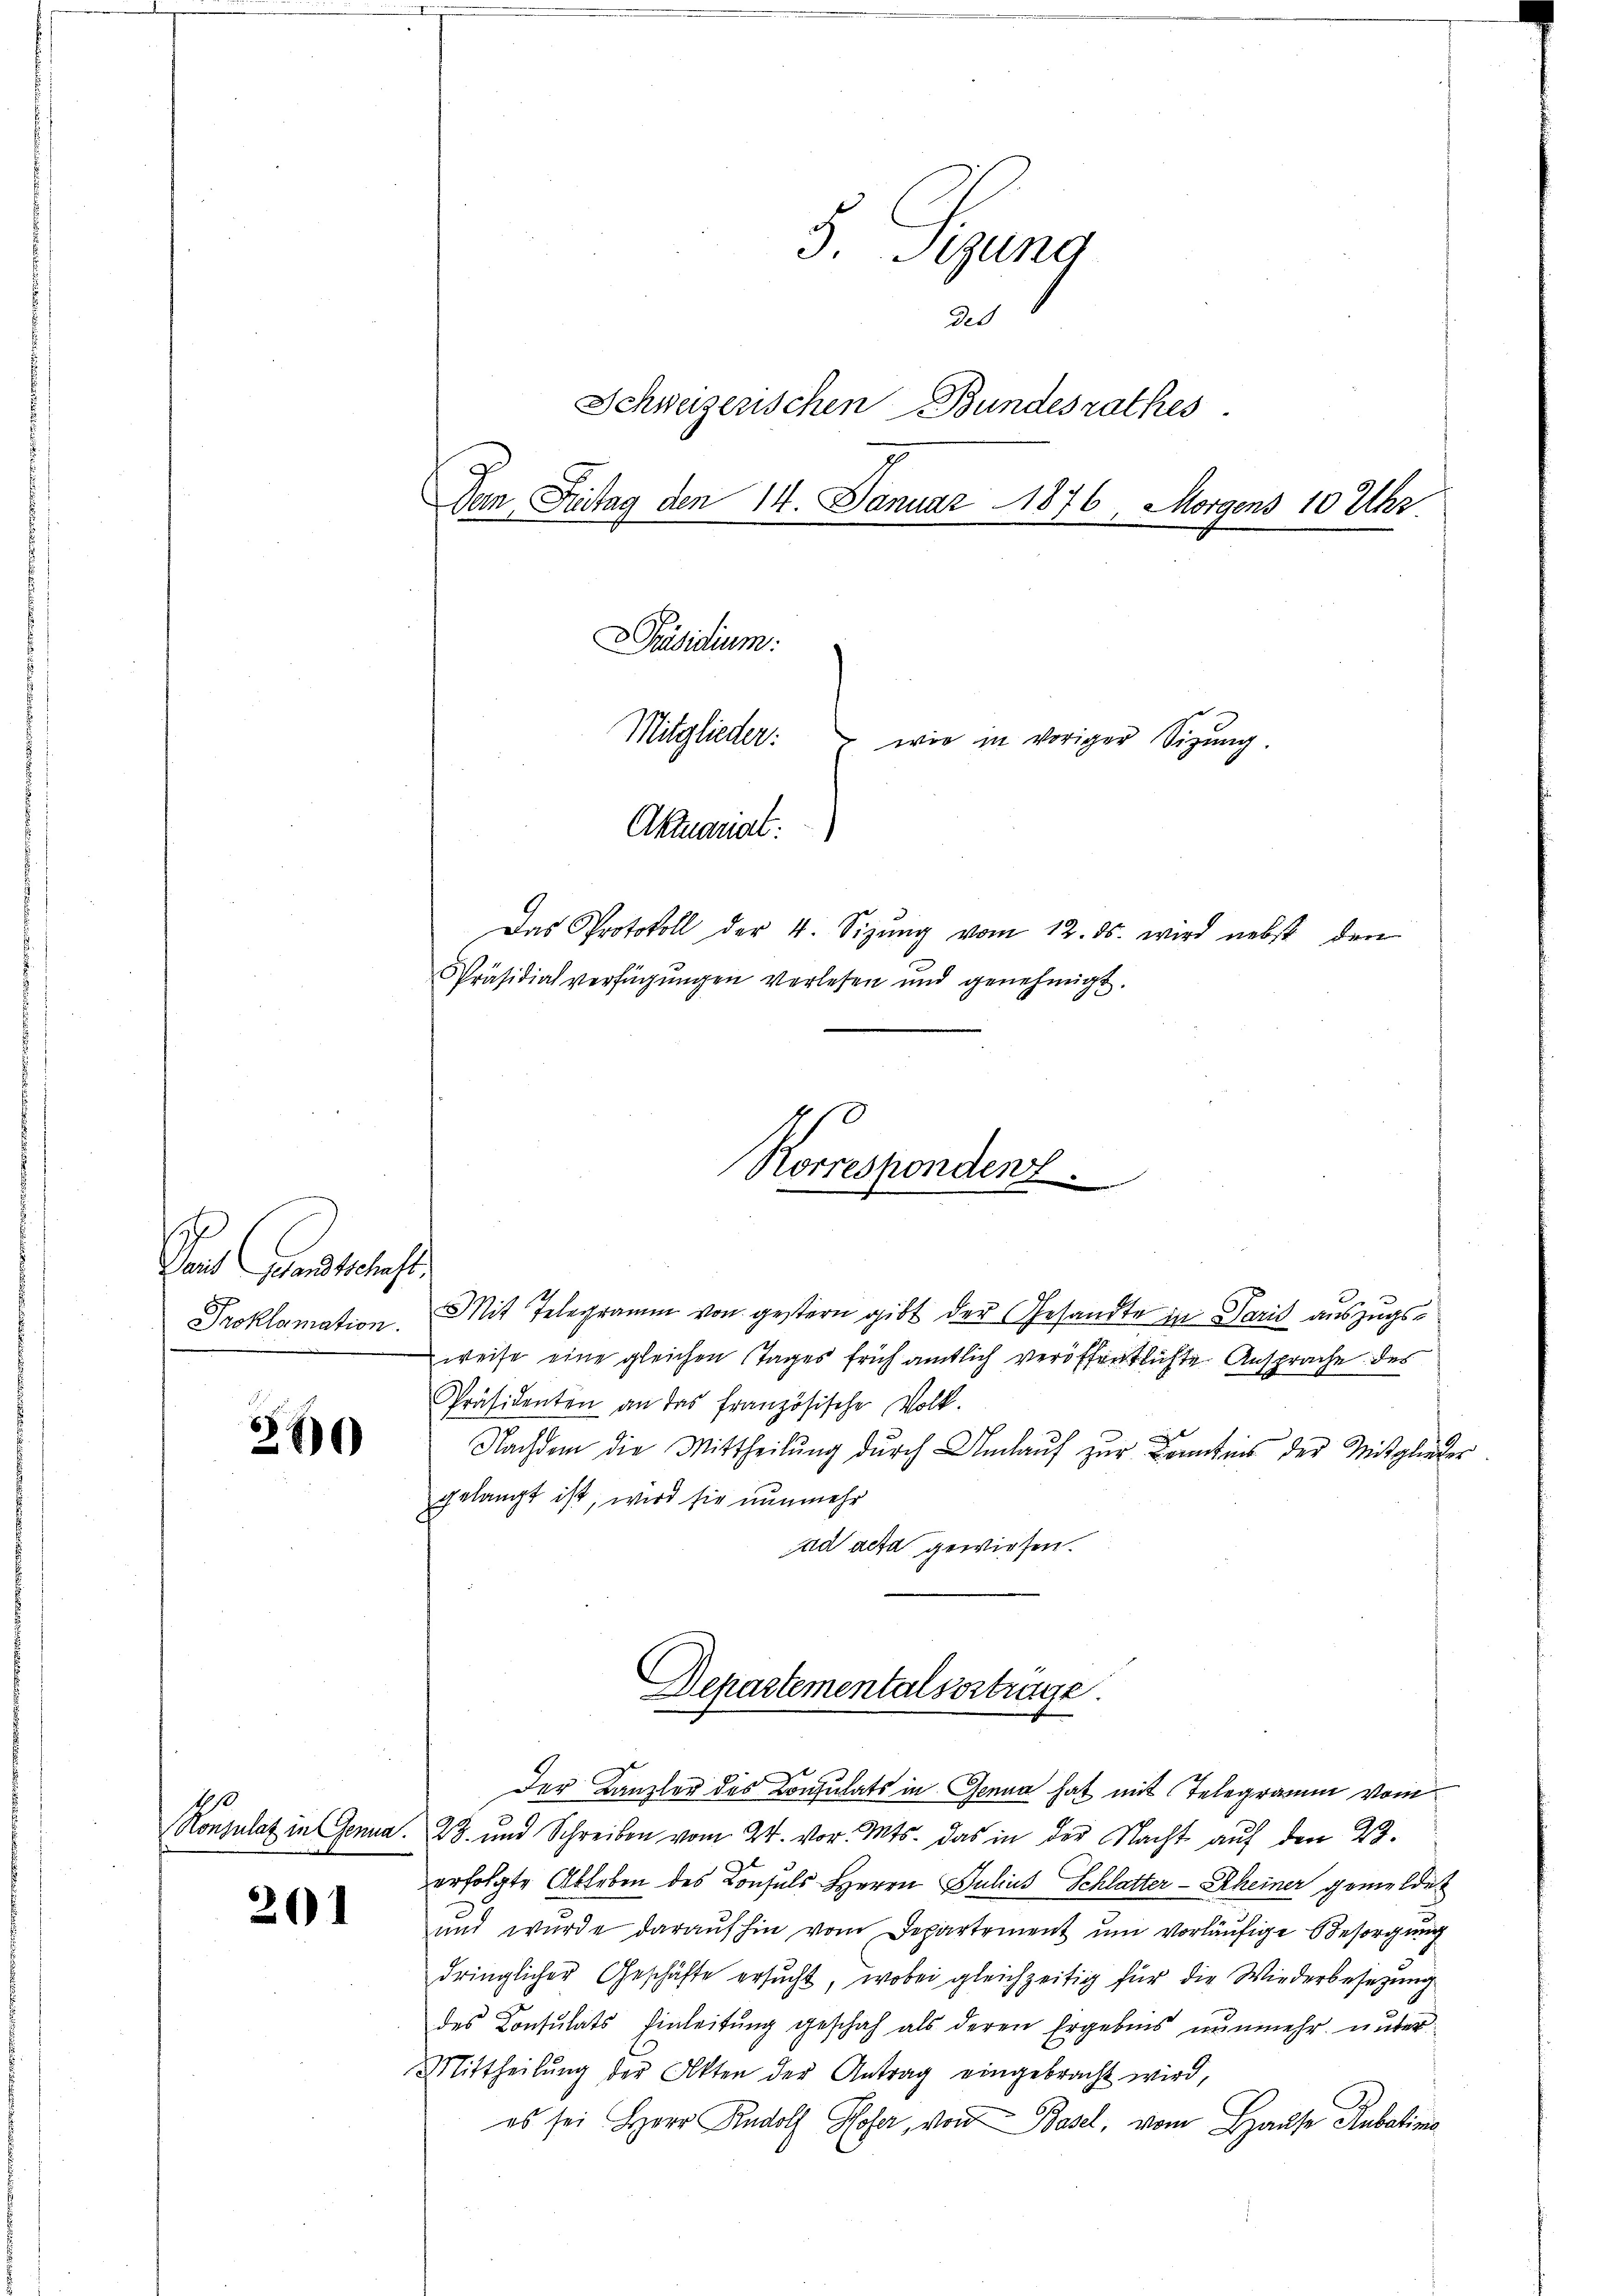
s
Laut Gesandtschaft
Proklamation.

20

201

3. Sizung
des
Schweizerischen Bundesrathes
San Fritag den 14. Januar 1876, Morgens 10 Uhr.
Präsidium.
Mitglieder: wie in voriger Sizung.
Aktuariat.
Das Protokoll der 4. Sizŭng vom 12. ds. wird nebst den
Präsidialverfügungen verlesen und genehmigt.

Rorrespondenz.

Mit Telegramm von gestern gibt der Gesandte in Paris auszugsweise eine gleichen Tages früh amtlich veröffentlichte Ansprache des
Präsidenten an das französische Volk.
l
Nachdem die Mittheilung durch Umlauf zur Kenntnis der Mitglieder
gelangt ist, wird sie nunmehr
ad acta gewiesen.

C
Departemental vortrage.

Der Kanzler des Consulats in Genua hat mit Telegramm vom
Konsulat in Genua, 28. und Schreiben vom 24. vor. Mts. das in der Nacht aŭf den 23.
erfolgte Ableben des Consuls Herrn Julius Schlatter-Rheiner gemeldet
und wurde daraŭf hin vom Departement um vorläŭfige Besorgŭng
dringlicher Geschäfte ersucht, wobei gleichzeitig für die Wiederbesetzung
des Consulats Einleitung geschah als deren Ergebnis nunmehr unter
Mittheilŭng der Akten der Antrag eingebracht wird,
es sei Herr Rudolf Hofer, von Basel, vom Hause Rubatina